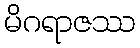
မိဂရာဇဿ